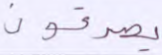
يصدقون